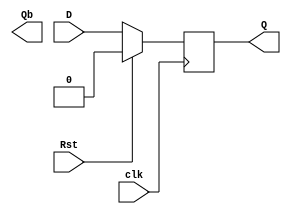
module D_ff(D,clk,Rst,Q,Qb);
   input D,clk,Rst;
   output reg Q;
   output Qb;
   always @ (posedge clk)
      begin
          if(Rst==1)
            Q<=0;
          else
            Q<=D;
      end
endmodule